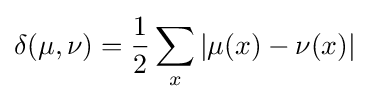
\delta (\mu ,\nu )={\frac {1}{2}}\sum _{x}\left|\mu (x)-\nu (x)\right|